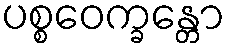
ပစ္စဝေက္ခန္တော